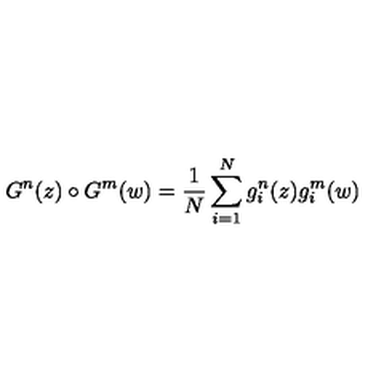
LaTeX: G ^ { n } ( z ) \circ G ^ { m } ( w ) = { \frac { 1 } { N } } \sum _ { i = 1 } ^ { N } g _ { i } ^ { n } ( z ) g _ { i } ^ { m } ( w )